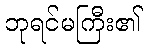
ဘုရင်မကြီး၏